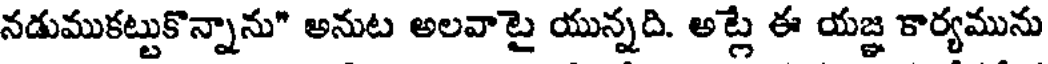
నడుముకట్టుకొన్నాను" అనుట అలవాటై యున్నది. అట్లే ఈ యజ్ఞ కార్యమును